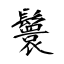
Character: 鬟